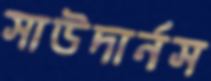
সাউদার্নস